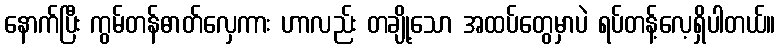
နောက်ပြီး ကွမ်တန်ဓာတ်လှေကား ဟာလည်း တချို့သော အထပ်တွေမှာပဲ ရပ်တန့်လေ့ရှိပါတယ်။